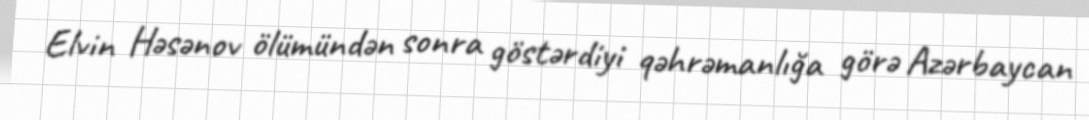
Elvin Həsənov ölümündən sonra göstərdiyi qəhrəmanlığa görə Azərbaycan